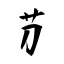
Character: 芀